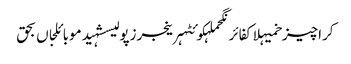
کراچیزخمیہلاکفائرنگحملہکوئٹہرینجرزپولیسشہیدموبائلجاں بحق